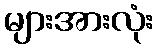
များအားလုံး